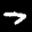
Label: 7